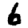
Digit: 6